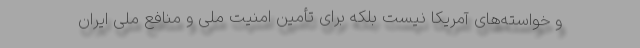
و خواسته‌های آمریکا نیست بلکه برای تأمین امنیت ملی و منافع ملی ایران